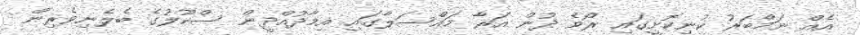
އެއް ނަމްބަރު ކުނިކޮށީގައި ރޯވެ ދުން އަރާ މައްސަލާގައި އިމާދުއްދީން ސްކޫލުގެ ބެލެނިވެރިން